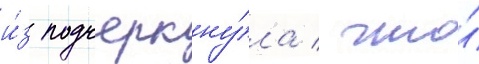
и́з подчеркну́ла / что́